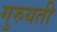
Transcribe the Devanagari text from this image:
गुरुयती